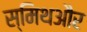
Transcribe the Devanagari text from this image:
स्मिथऔर